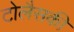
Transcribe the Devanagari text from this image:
टोलैसकी